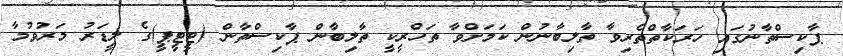
ޕާކިސްތާނުގައި ހަރަކާތްތެރިވާ ތާލިބާނުން ކަމަށްވާ ތަހްރީކީ ތާލިބާން ޕާކިސްތާން (ޓީޓީޕީ)ގެ ލީޑަރު މަރުވުމާ